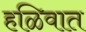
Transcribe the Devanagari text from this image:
हळिवात